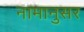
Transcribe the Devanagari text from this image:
नामानुसर